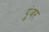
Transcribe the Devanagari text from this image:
पूंजर